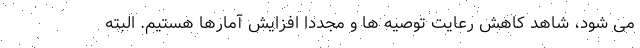
می شود، شاهد کاهش رعایت توصیه ها و مجددا افزایش آمارها هستیم. البته